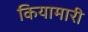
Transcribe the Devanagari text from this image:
कियामारी